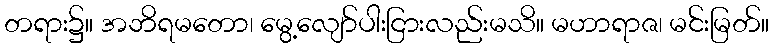
တရား၌။ အဘိရမတော၊ မွေ့လျော်ပါးငြားလည်းမသိ။ မဟာရာဇ၊ မင်းမြတ်။